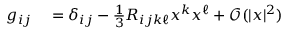
\begin{array} { r l } { g _ { i j } } & { { } = \delta _ { i j } - \frac { 1 } { 3 } R _ { i j k \ell } x ^ { k } x ^ { \ell } + \mathcal { O } ( | x | ^ { 2 } ) } \end{array}